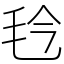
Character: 㲐